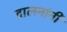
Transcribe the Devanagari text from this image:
दालनांनी